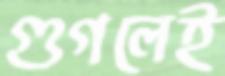
গুগলেই